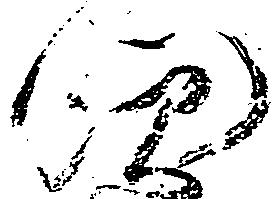
門